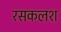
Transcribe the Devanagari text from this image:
रसकलश